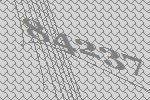
84237